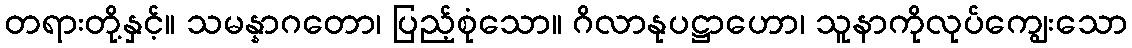
တရားတို့နှင့်။ သမန္နာဂတော၊ ပြည့်စုံသော။ ဂိလာနုပဋ္ဌာဟော၊ သူနာကိုလုပ်ကျွေးသော